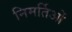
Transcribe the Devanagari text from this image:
निमर्तिओं